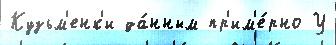
Кузьм'енк'и да́нным пр'им'е́рно У